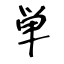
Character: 単